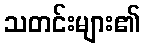
သတင်းများ၏